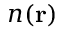
n ( \mathbf { r } )